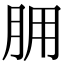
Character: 𦙸